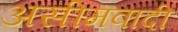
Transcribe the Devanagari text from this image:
असीमवादी